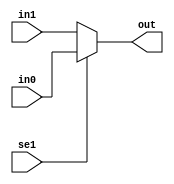
// This program was cloned from: https://github.com/tioluwanimofe/cpu_verilog
// License: MIT License

//this is a implementation of a 2 to 1 multiplexer
module mux2_1(in0,in1,se1,out);
 input se1;      //immediate value
 input [31:0] in0, in1;           
 output reg [31:0] out;  // register output

 
 always @(in0,in1,se1)
 begin
  if(se1==1'b1) out = in0; 
  else out = in1;
 end   
 
endmodule